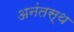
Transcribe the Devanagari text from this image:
अनंतस्थ